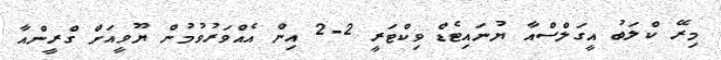
މިރޭ ކްލަބު އީގަލްސްއާ ޔުނައިޓެޑް ވިކްޓަރީ 2-2 އިން އެއްވަރުވުމުން ޔޫވީއަށް ގްރީންއާ